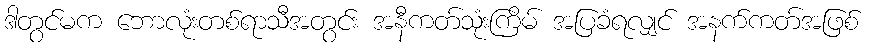
ဒါတွင်မက ဘောလုံးတစ်ရာသီအတွင်း အနီကတ်သုံးကြိမ် အပြခံရလျှင် အနက်ကတ်အဖြစ်